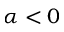
\alpha < 0